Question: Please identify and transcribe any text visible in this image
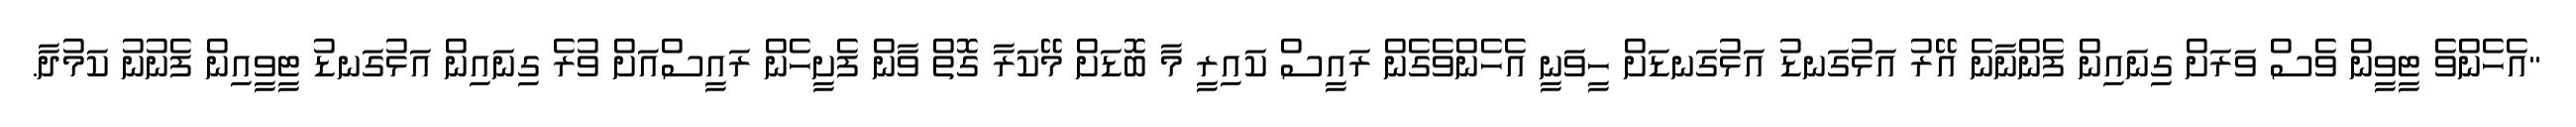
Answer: "އެހެންވެ ޓީވީން ވެސް ވަރަށް ގިނައިން ފެންނާނެ އޭރު އަޅުގަނޑު އަޅުގަނޑަށް ހީވަނީ އެހެންވެގެން ރައީސް ކައިރީ މާ ބޮޑަށް މޭކަރާ ގޮތް ވާން ފެށީހެން ރައީސްއަށް ވުރެ ގިނައިން އަޅުގަނޑު ޓީވީއިން ފެނުނު ކަމުދާ.